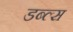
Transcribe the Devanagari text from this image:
डब्ल्स